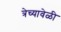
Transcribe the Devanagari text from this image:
त्रेच्यावेळी